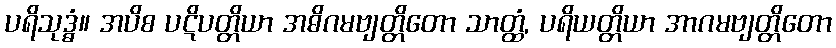
ပရိသုဒ္ဓံ။ အပိစ ပဋိပတ္တိယာ အဓိဂမဗျတ္တိတော သာတ္ထံ, ပရိယတ္တိယာ အာဂမဗျတ္တိတော